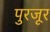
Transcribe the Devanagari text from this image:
पुरजूर